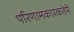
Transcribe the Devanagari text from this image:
परिणामकारकतेने